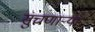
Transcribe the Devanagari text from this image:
सुचणार्‍या